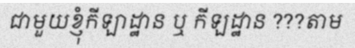
ជាមួយខ្ញុំកីឡាដ្ឋាន ឬ កីឡដ្ឋាន ???តាម